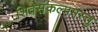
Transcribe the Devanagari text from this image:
शिवसंकल्पमस्तु